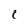
Character: 1